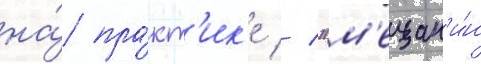
на́ пра́кт'ик'е // "м'ещан'и́н